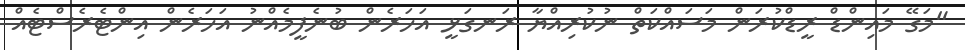
"މަގޭ މައިންޑް ރީޑްކުރަން މަސައްކަތް ނުކުރިއްޔާ ރަނގަޅީ އަހަރެން ބުނެފީމެއްނު އަހަރެން އިންޓެރެސްޓެއް